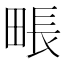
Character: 𤲘